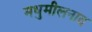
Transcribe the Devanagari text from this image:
मधुमीलनात